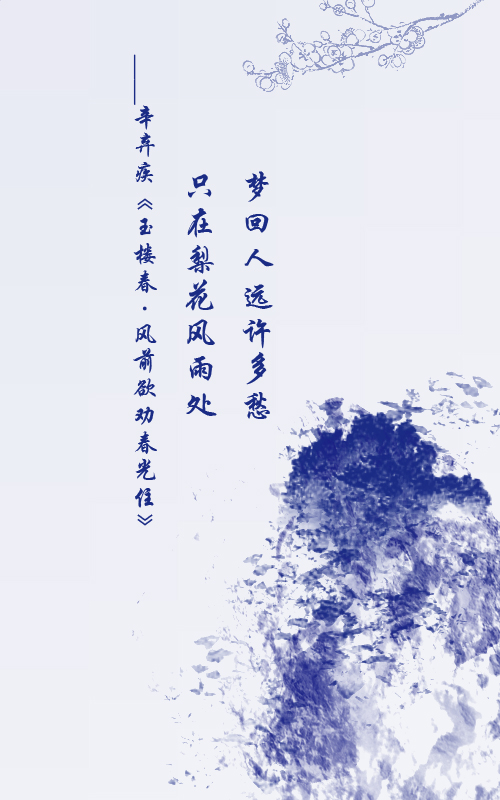
梦回人远许多愁，只在梨花风雨处。